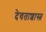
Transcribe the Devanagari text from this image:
देवताशास्त्र